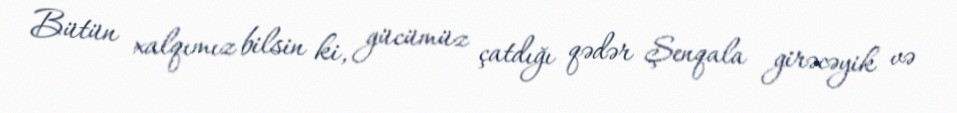
Bütün xalqımız bilsin ki, gücümüz çatdığı qədər Şenqala girəcəyik və